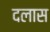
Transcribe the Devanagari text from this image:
दलास